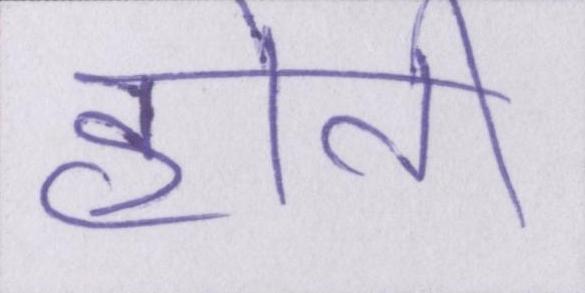
होती